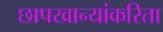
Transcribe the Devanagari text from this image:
छापखान्यांकरिता